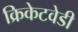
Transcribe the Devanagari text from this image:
क्रिकेटवेडी